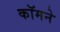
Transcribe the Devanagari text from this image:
कॉमने